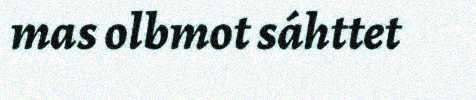
mas olbmot sáhttet